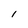
Character: l